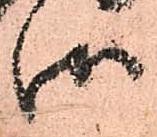
御